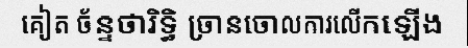
គៀត ច័ន្ទថារិទ្ធិ ច្រានចោលការលើកឡើង